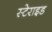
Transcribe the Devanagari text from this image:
स्टेराइड